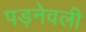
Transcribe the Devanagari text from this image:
पड़नेवली